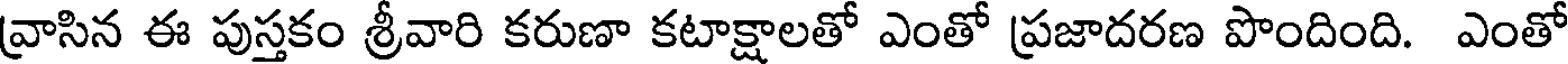
వ్రాసిన ఈ పుస్తకం శ్రీవారి కరుణా కటాక్షాలతో ఎంతో ప్రజాదరణ పొందింది. ఎంతో